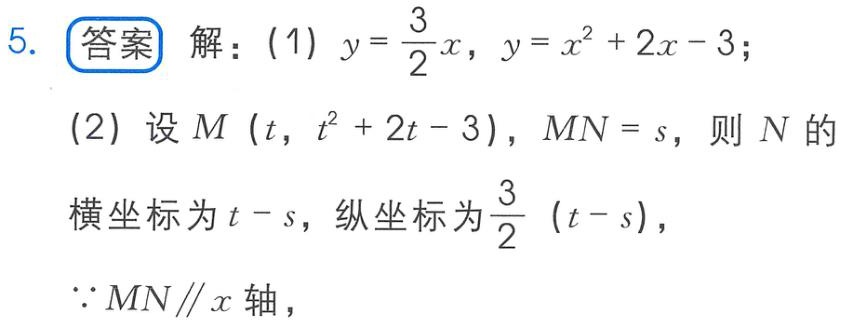
5. 答案 解：(1) \(y = \frac{3}{2}x\)，\(y = x^{2}+2x - 3\)；
(2) 设 \(M(t, t^{2}+2t - 3)\)，\(MN = s\)，则 \(N\) 的横坐标为 \(t - s\)，纵坐标为 \(\frac{3}{2}(t - s)\)，
\(\because MN\parallel x\) 轴，